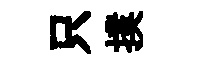
只撲